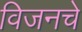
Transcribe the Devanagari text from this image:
विजनचे